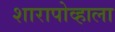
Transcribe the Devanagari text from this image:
शारापोव्हाला